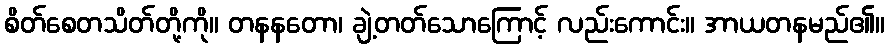
စိတ်စေတသိတ်တို့ကို။ တနနတော၊ ချဲ့တတ်သောကြောင့် လည်းကောင်း။ အာယတနမည်၏။